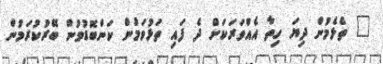
" ތެޅެމުން ދިޔަ ހިތާ އެއްވަރަކަށް ދެ ފައި ތަޅުވަމުން ކަންބޮޑުވުން ބޭރުކުރަމުން